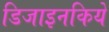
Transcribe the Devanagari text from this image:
डिजाइनकिये